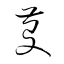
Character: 芟